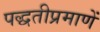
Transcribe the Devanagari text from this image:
पद्धतीप्रमाणें